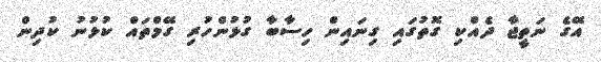
އޭގެ ނަތީޖާ ދެއްކި ގޮތުގައި ގިނައިން ހިސާބާ ގުޅުންހުރި ގޭމްތައް ކުޅުނު ކުދިން